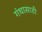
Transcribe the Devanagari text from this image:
गंथासाठी